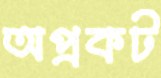
অপ্রকট